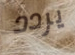
يردد